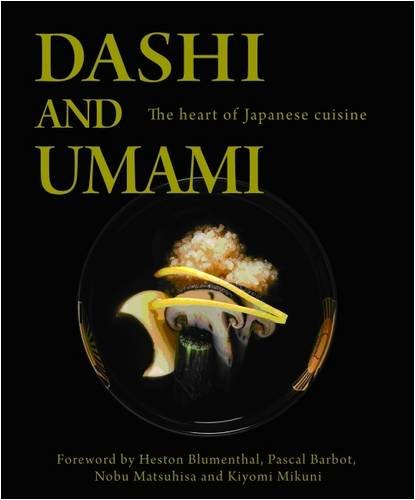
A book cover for Dashi and Umami: The Heart of Japanese Cuisine; Nobu Matsuhisa; Cookbooks, Food & Wine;